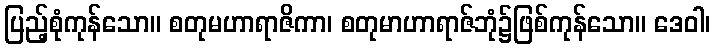
ပြည့်စုံကုန်သော။ စတုမဟာရာဇိကာ၊ စတုမာဟာရာဇ်ဘုံ၌ဖြစ်ကုန်သော။ ဒေဝါ၊